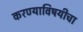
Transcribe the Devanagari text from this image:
करण्याविषयीचा